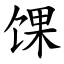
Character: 馃